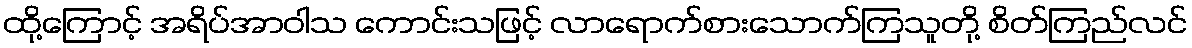
ထို့ကြောင့် အရိပ်အာဝါသ ကောင်းသဖြင့် လာရောက်စားသောက်ကြသူတို့ စိတ်ကြည်လင်